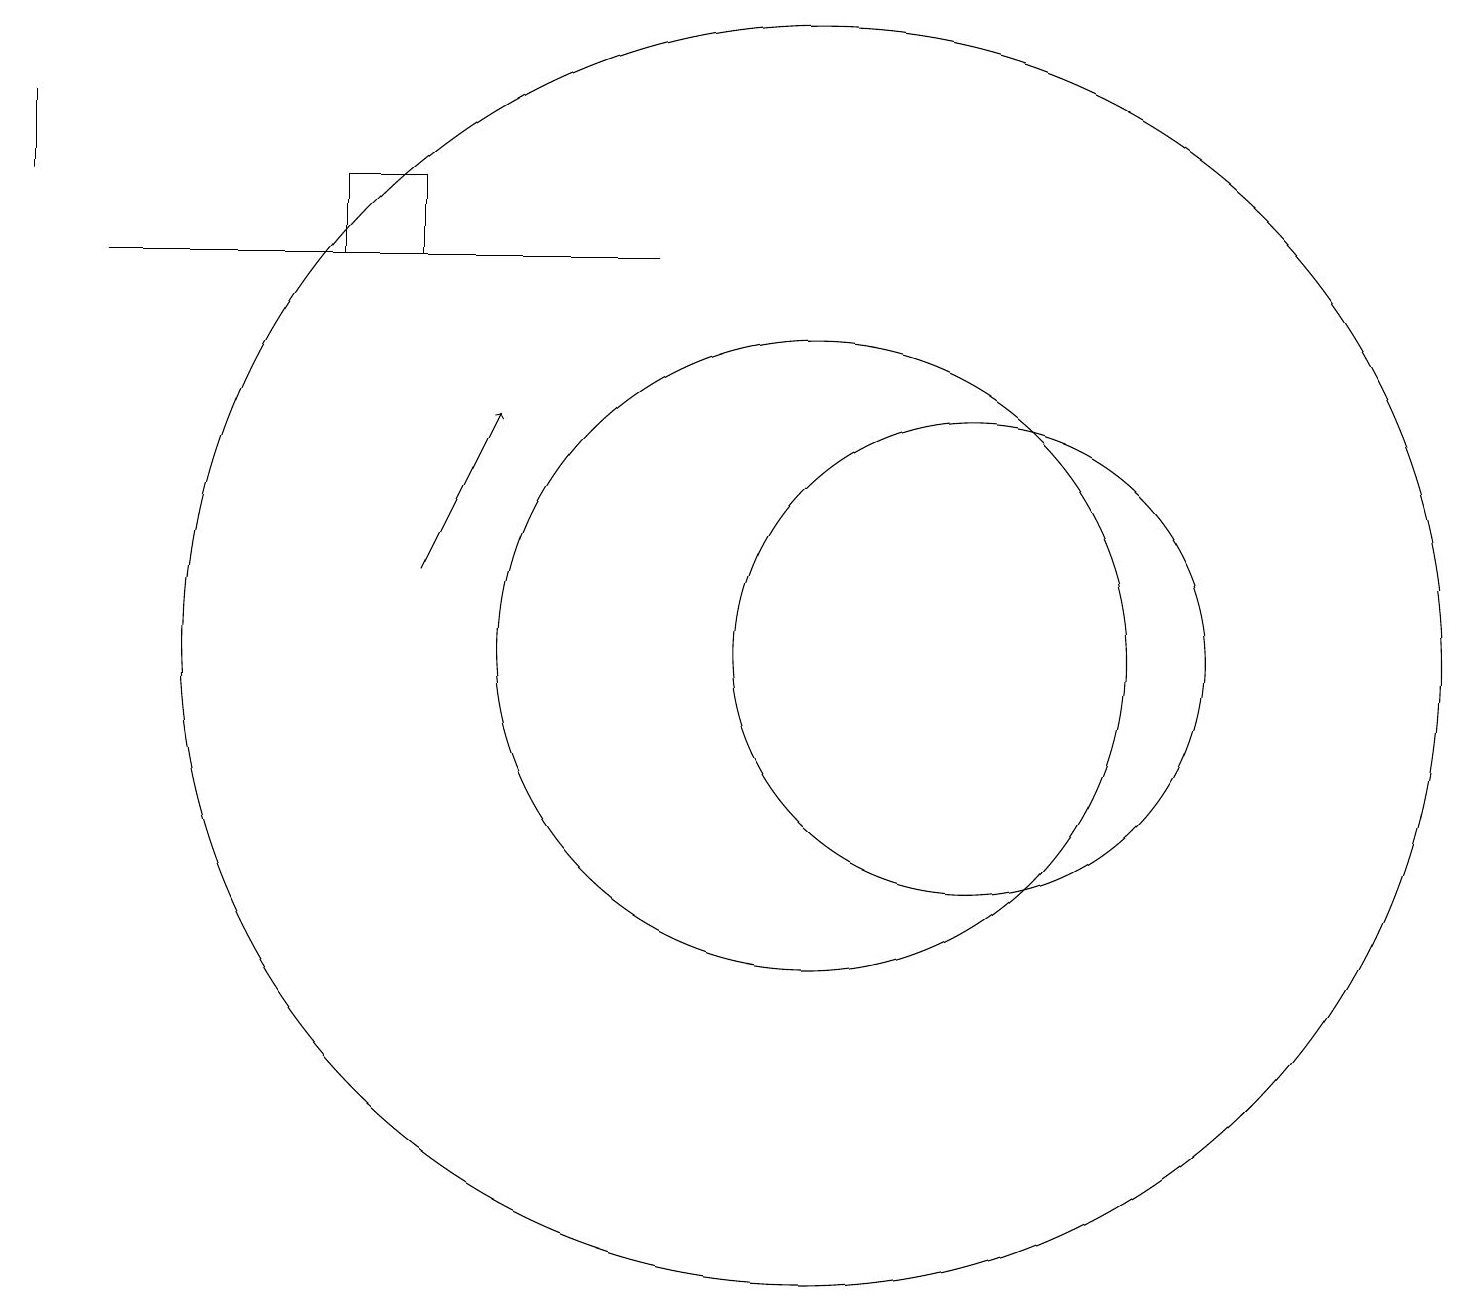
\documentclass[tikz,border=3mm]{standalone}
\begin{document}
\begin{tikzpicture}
\draw[->] (5,12) -- (6,14);
\draw (12,11) circle (3);
\draw (10,11) circle (4);
\draw (0,17) rectangle (0,18);
\draw (10,11) circle (8);
\draw (8,16) rectangle (1,16);
\draw (4,16) rectangle (5,17);
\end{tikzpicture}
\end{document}